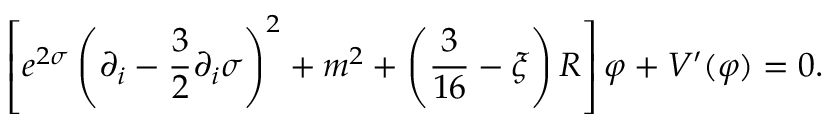
\left[ e ^ { 2 \sigma } \left( \partial _ { i } - \frac { 3 } { 2 } \partial _ { i } \sigma \right) ^ { 2 } + m ^ { 2 } + \left( \frac { 3 } { 1 6 } - \xi \right) R \right] \varphi + V ^ { \prime } ( \varphi ) = 0 .